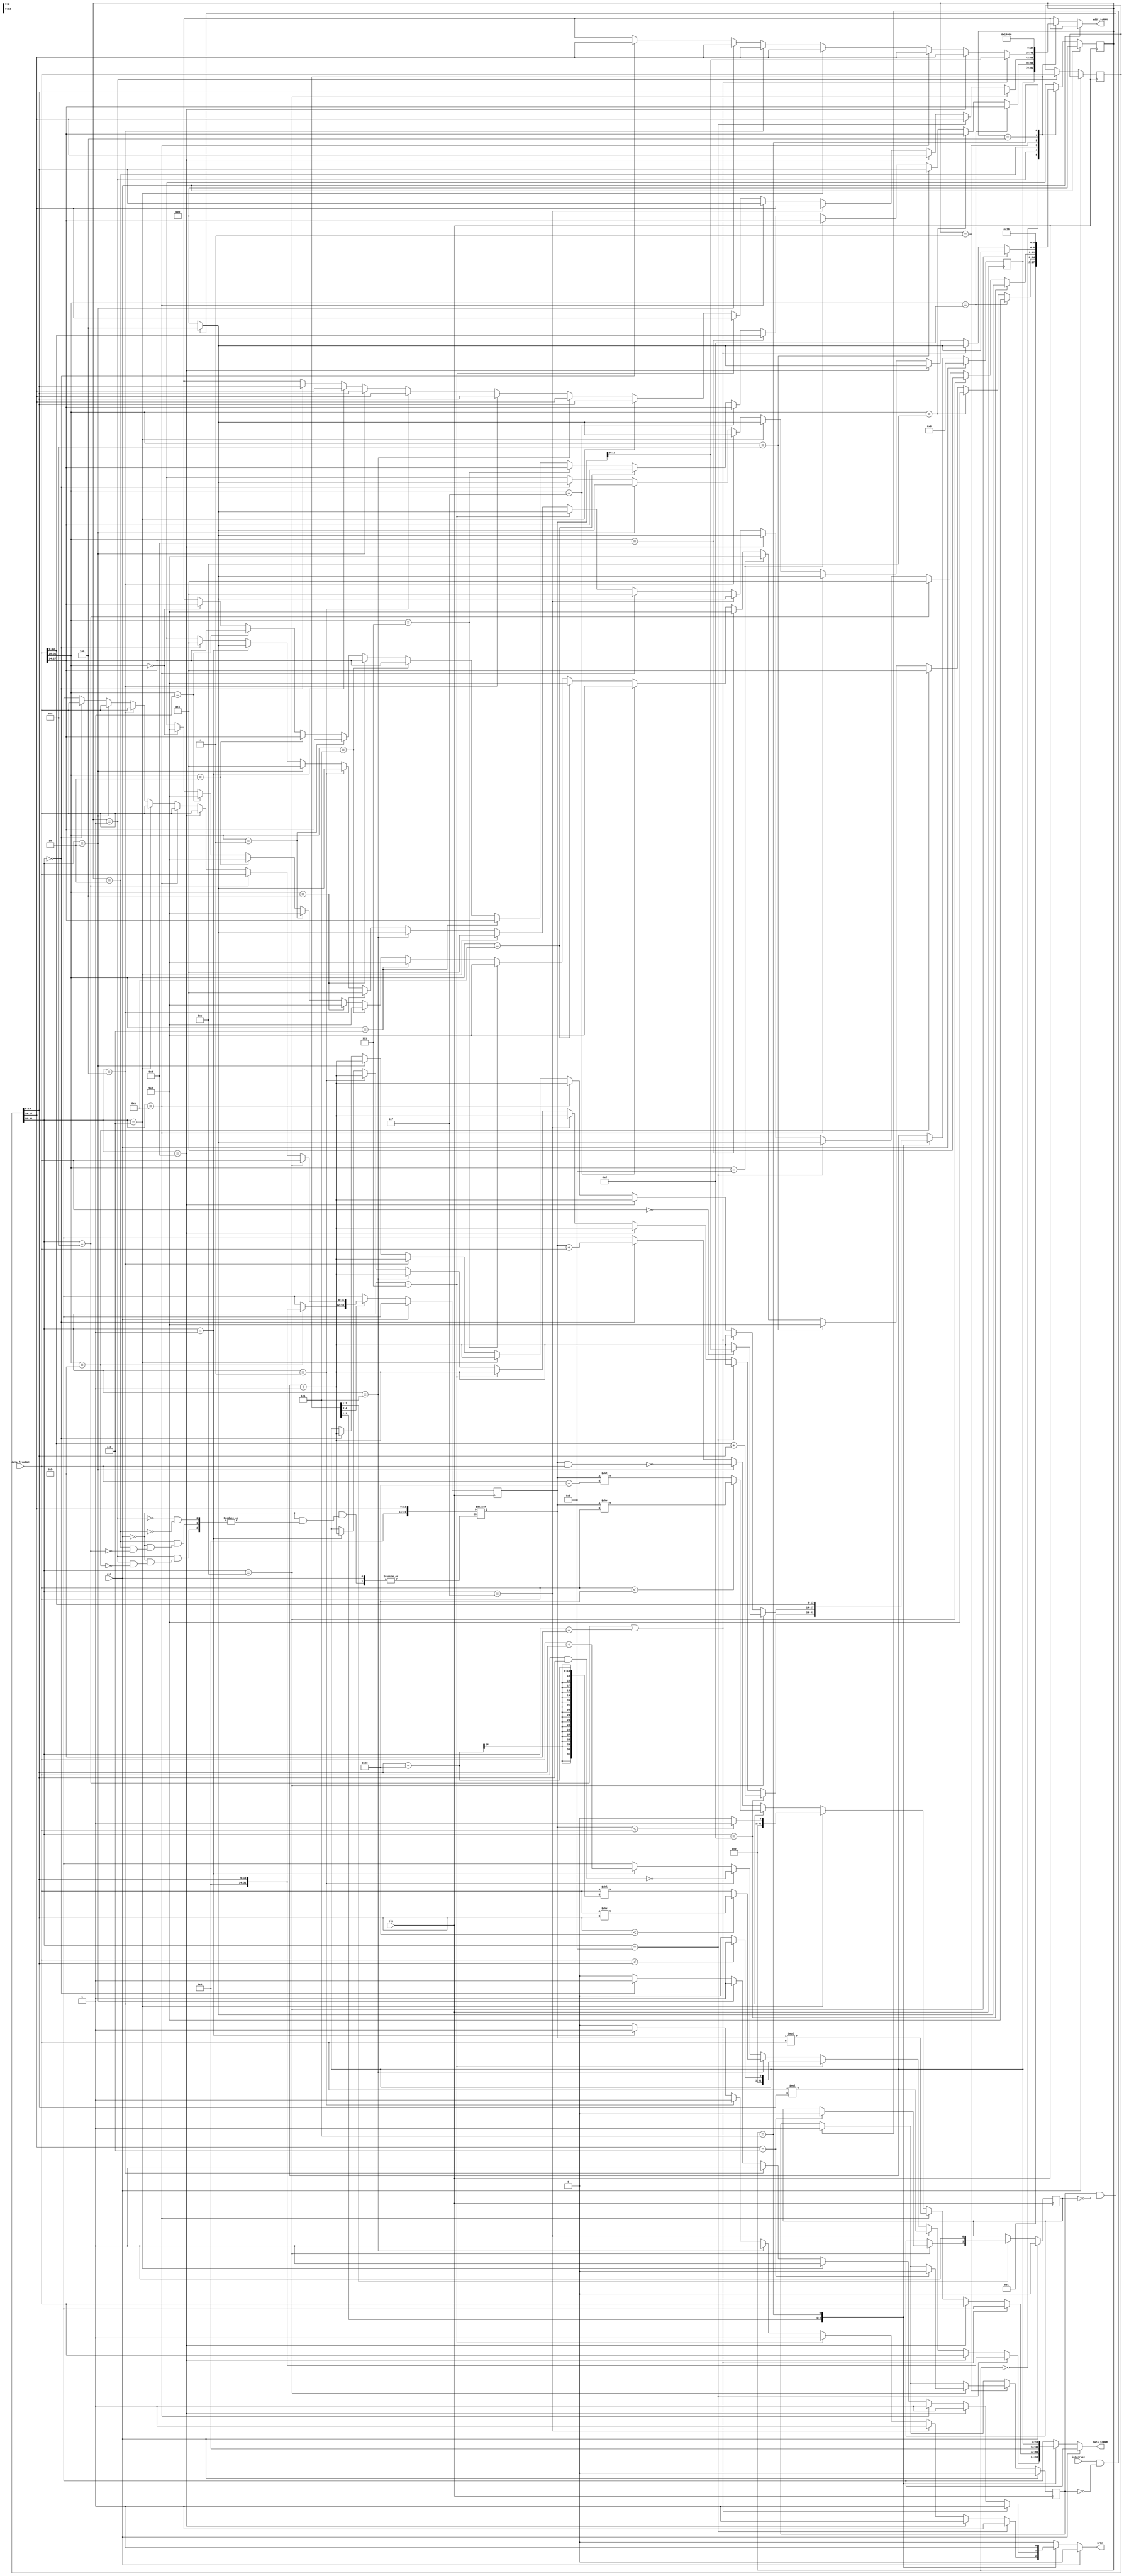
//////////////////////////////////////////////////////////////////////////////////
// Company: Orhun Aka
// 
// Design Name: VerySimple_CPU Verilog Module
// Module Name:    vscpu
// Project Name: VerySimpleCPU
// Target Devices: 
// Tool versions: 
// Description: A very simple CPU, that can do some basic addition, multiplication, etc.
//
// Dependencies: ISE Design Suite 14.7
//
// Revision: 
// Revision 0.01 - File Created
// Additional Comments: 
//
//////////////////////////////////////////////////////////////////////////////////

`timescale 1ns / 1ps
module VerySimpleCPU(clk, rst, data_fromRAM, wrEn, addr_toRAM, data_toRAM, interrupt);
  input clk, rst, interrupt;
  output reg wrEn;
  input [31:0] data_fromRAM;
  output reg [31:0] data_toRAM;
  output reg [13:0] addr_toRAM;

  reg [2:0] st, stN;
  reg [13:0] PC, PCN;
  reg [31:0] IW, IWN, A, AN;

  reg 	intr, intrN,isr, isrN;

  always @(posedge clk) begin
    st<=stN;
    PC<=PCN;
    A<=AN;
    IW<= IWN;
    intr<= intrN;
    isr <= isrN;
  end

  always @ * begin
    stN= 3'bxxx;
    addr_toRAM = 14'dX;
    data_toRAM = 32'dx;
    AN = 32'dx;
    PCN = PC;
    wrEn = 1'b0;
    IWN = IW;
    intrN= (interrupt && intr==1'b0)? 1'b1: intr;
    isrN = isr;
    if (rst) begin
      stN = 3'b000;
      PCN = 14'd0; 
      intrN= 1'b0;
      isrN = 1'b0;
    end
    else begin    
      case (st)
        3'b000: begin
          // Fetch instruction
          addr_toRAM = PC;
          stN = 3'b001;
        end
        3'b001: begin
          IWN = data_fromRAM;
          // ADD Intruction
          if (data_fromRAM[31:28] == 4'b0000)  begin
            addr_toRAM = data_fromRAM[27:14];
            stN = 3'b010; 
          end

          // ADDi Instruction
          if (data_fromRAM[31:28] == 4'b0001)  begin 
            addr_toRAM = data_fromRAM[27:14];
            stN = 3'b010; 
          end

          // NAND Instruction
          if (data_fromRAM[31:28] == 4'b0010)  begin
            addr_toRAM = data_fromRAM[27:14];
            stN = 3'b010; 
          end

          // NANDi Instruction
          if (data_fromRAM[31:28] == 4'b0011)  begin
            addr_toRAM = data_fromRAM[27:14];
            stN = 3'b010; 
          end

          // SRL Instruction
          if (data_fromRAM[31:28] == 4'b0100) begin
            addr_toRAM = data_fromRAM[27:14];
            stN = 3'b010;
          end

          //SRLi Instruction
          if (data_fromRAM[31:28] == 4'b0101) begin
            addr_toRAM = data_fromRAM[27:14];
            stN = 3'b010;
          end

          // LT instruction
          if (data_fromRAM[31:28] == 4'b0110) begin
            addr_toRAM = data_fromRAM[27:14];
            stN = 3'b010;
          end

          // LTi instruction
          if (data_fromRAM[31:28] == 4'b0111) begin
            addr_toRAM = data_fromRAM[27:14];
            stN = 3'b010;
          end

          // MUL instruction
          if (data_fromRAM[31:28] == 4'b1110) begin
            addr_toRAM = data_fromRAM[27:14];
            stN = 3'b010;
          end

          // MULi instruction
          if (data_fromRAM[31:28] == 4'b1111) begin
            addr_toRAM = data_fromRAM[27:14];
            stN = 3'b010;
          end

          // CP Instruction
          if (data_fromRAM[31:28] == 4'b1000) begin
            addr_toRAM = data_fromRAM[13:0];
            stN = 3'b010;
          end

          // CPi Instruction
          if (data_fromRAM[31:28] == 4'b1001) begin
            addr_toRAM = data_fromRAM[27:14];
            stN = 3'b010;
          end

          // CPI Instruction
          if (data_fromRAM[31:28] == 4'b1010) begin
            addr_toRAM = IW[13:0]; // Address of R1
            stN = 3'b010;
          end

          // CPIi Instruction
          if (data_fromRAM[31:28] == 4'b1011) begin
            A = IW[27:14];
            AN = IW[13:0];
            stN = 3'b011;
          end

          // BZJ Intruction
          if (data_fromRAM[31:28] == 4'b1100)  begin
            addr_toRAM = data_fromRAM[27:14];
            stN = 3'b010; 
          end

          // BZJi Instruction
          if (data_fromRAM[31:28] == 4'b1101)  begin 
            addr_toRAM = data_fromRAM[27:14];
            stN = 3'b010; 
          end

        end
        3'b010: begin
          // ADD Instruction
          if (IW[31:28] == 4'b0000) begin
            AN = data_fromRAM;
            addr_toRAM = IW[13:0];
            stN = 3'b011;
          end

          // ADDi Instruction
          if (IW[31:28] == 4'b0001) begin
            addr_toRAM = IW[27:14];
            data_toRAM = data_fromRAM + IW[13:0];
            wrEn = 1'b1;
            PCN = PC + 14'd1;
            if (intr==1'b1 && isr != 1'b1)
              stN = 3'h4;
            else
              stN = 3'h0;
          end

          // NAND instruction
          if (IW[31:28] == 4'b0010) begin
            AN = data_fromRAM;
            addr_toRAM = IW[13:0]; 
            stN = 3'b011;      
          end

          // NANDi instruction
          if (IW[31:28] == 4'b0011) begin
            addr_toRAM = IW[27:14];
            data_toRAM = ~(data_fromRAM & IW[13:0]);
            wrEn = 1'b1;
            PCN = PC + 14'd1;
            if (intr==1'b1 && isr != 1'b1)
              stN = 3'h4;
            else
              stN = 3'h0;
          end

          // SRL instruction
          if (IW[31:28] == 4'b0100) begin
            AN = data_fromRAM;
            addr_toRAM = IW[13:0];
            stN = 3'b011;
          end

          // SRLi instruction
          if (IW[31:28] == 4'b0101) begin
            addr_toRAM = IW[27:14];
            if (IW[13:0] < 32)
              data_toRAM = data_fromRAM >> IW[13:0];
            else
              data_toRAM = data_fromRAM << (IW[13:0] - 32);

            wrEn = 1'b1;
            PCN = PC + 1;
            if (intr==1'b1 && isr != 1'b1)
              stN = 3'h4;
            else
              stN = 3'h0;

          end

          // LT Instruction
          if (IW[31:28] == 4'b0110) begin
            AN = data_fromRAM;
            addr_toRAM = IW[13:0];
            stN = 3'b011;
          end

          // LTi instruction
          if (IW[31:28] == 4'b0111) begin
            addr_toRAM = IW[27:14];
            if (data_fromRAM < IW[13:0])
              data_toRAM = 1;
            else
              data_toRAM = 0;

            wrEn = 1'b1;
            PCN = PC + 1;
            if (intr==1'b1 && isr != 1'b1)
              stN = 3'h4;
            else
              stN = 3'h0;

          end

          // MUL Instruction
          if (IW[31:28] == 4'b1110) begin
            AN = data_fromRAM;
            addr_toRAM = IW[13:0];
            stN = 3'b011;
          end

          // MULi instruction
          if (IW[31:28] == 4'b1111) begin
            addr_toRAM = IW[27:14];
            data_toRAM = data_fromRAM * IW[13:0];

            wrEn = 1'b1;
            PCN = PC + 1;
            if (intr==1'b1 && isr != 1'b1)
              stN = 3'h4;
            else
              stN = 3'h0;

          end

          // CP Instruction
          if (IW[31:28] == 4'b1000) begin
            AN = data_fromRAM;
            addr_toRAM = IW[27:14];
            data_toRAM = AN;
            wrEn = 1'b1;
            PCN = PC + 1;
            if (intr==1'b1 && isr != 1'b1)
              stN = 3'h4;
            else
              stN = 3'h0;

          end

          // CPi Instruction
          if (IW[31:28] == 4'b1001) begin
            addr_toRAM = IW[27:14];
            data_toRAM = IW[13:0];
            wrEn = 1'b1;
            PCN = PC + 1;
            if (intr==1'b1 && isr != 1'b1)
              stN = 3'h4;
            else
              stN = 3'h0;

          end

          // CPI Instruction
          if (IW[31:28] == 4'b1010) begin
            AN = data_fromRAM;
            A = IW[27:14];
            stN = 3'b011;
          end

          // BZJ Instruction
          if (IW[31:28] == 4'b1100) begin
            AN = data_fromRAM;
            addr_toRAM = IW[13:0];
            stN = 3'b011;
          end

          // BZJi instruction
          if (IW[31:28] == 4'b1101) begin
            PCN = data_fromRAM[13:0] + IW[13:0];
            if (intr==1'b1 && isr != 1'b1)
              stN = 3'h4;
            else
              stN = 3'h0;

          end
        end
        3'b011: begin
          // ADD instruction
          if (IW[31:28] == 4'b0000) begin 
            addr_toRAM = IW[27:14]; 
            data_toRAM = A + data_fromRAM;
            wrEn = 1'b1;
            PCN = PC + 14'd1;
            if (intr==1'b1 && isr != 1'b1)  // if there is an interrupt do the ISR
              stN = 3'h4;
            else
              stN = 3'h0;     
          end

          // NAND instruction
          if (IW[31:28] == 4'b0010) begin 
            addr_toRAM = IW[27:14];
            data_toRAM = ~(A & data_fromRAM);
            wrEn = 1'b1;
            PCN = PC + 14'd1;
            if (intr==1'b1 && isr != 1'b1)  // if there is an interrupt do the ISR
              stN = 3'h4;
            else
              stN = 3'h0;     
          end

          // SRL Instruction
          if (IW[31:28] == 4'b0100) begin
            addr_toRAM = IW[27:14];
            if (data_fromRAM < 32)
              data_toRAM = A >> data_fromRAM;
            else
              data_toRAM = A << (data_fromRAM - 32);

            wrEn = 1'b1;
            PCN = PC + 1;
            if (intr==1'b1 && isr != 1'b1)  // if there is an interrupt do the ISR
              stN = 3'h4;
            else
              stN = 3'h0;
          end

          // LT instruction
          if (IW[31:28] == 4'b0110) begin
            addr_toRAM = IW[27:14];
            if (A < data_fromRAM)
              data_toRAM = 1;
            else
              data_toRAM = 0;

            wrEn = 1'b1;
            PCN = PC + 1;
            if (intr==1'b1 && isr != 1'b1)  // if there is an interrupt do the ISR
              stN = 3'h4;
            else
              stN = 3'h0;

          end

          // MUL instruction
          if (IW[31:28] == 4'b1110) begin
            addr_toRAM = IW[27:14];
            data_toRAM = A * data_fromRAM; 
            wrEn = 1'b1;
            PCN = PC + 1;
            if (intr==1'b1 && isr != 1'b1)  // if there is an interrupt do the ISR
              stN = 3'h4;
            else
              stN = 3'h0;

          end

          // CP Instruction
          if (IW[31:28] == 4'b1000) begin
            addr_toRAM = IW[27:14];
            data_toRAM = data_fromRAM;
            wrEn = 1'b1;
            PCN = PC + 1;
            if (intr==1'b1 && isr != 1'b1)  // if there is an interrupt do the ISR
              stN = 3'h4;
            else
              stN = 3'h0;

          end

          // CPI and CPIi instruction
          if (IW[31:28] == 4'b1010 || IW[31:28] == 4'b1011) begin
            addr_toRAM = A; // Address of R1
            data_toRAM = AN; // Value of R2
            wrEn = 1'b1; // Enable write operation
            PCN = PC + 1; // Increment PC
            if (intr==1'b1 && isr != 1'b1)  // if there is an interrupt do the ISR
              stN = 3'h4;
            else
              stN = 3'h0;
          end

          // BZJ instruction
          if (IW[31:28] == 4'b1100) begin
            if (data_fromRAM == 32'd0) 
              PCN = A[13:0];
            else
              PCN = PC +14'd1;

            if (IW[27:14] == 14'h0006) begin //Return from interrupt
              intrN = 1'b0;
              isrN = 1'b0;
            end  
            if (intr==1'b1 && isr != 1'b1)  // if there is an interrupt do the ISR
              stN = 3'h4;
            else
              stN = 3'h0;     

          end
        end
        3'b100: begin // New state to get the ISR address from @5       
          wrEn = 1'b0;
          addr_toRAM = 32'h5; //Get the ISR address
          stN = 3'h5;
          isrN = 1'b1;         
        end
        3'b101: begin // New state to store the next nstruction address @6    
          wrEn = 1'b1;
          data_toRAM = PC; 
          addr_toRAM = 32'h6; // Store next PC value @6
          PCN = data_fromRAM[13:0];
          stN = 3'h0;         
        end
      endcase
    end
  end
endmodule

module blram(clk, i_we, i_addr, i_ram_data_in, o_ram_data_out);
  parameter SIZE = 14, DEPTH = 2**14;

  input clk;
  input i_we;
  input [SIZE-1:0] i_addr;
  input [31:0] i_ram_data_in;
  output reg [31:0] o_ram_data_out;

  reg [31:0] memory[0:DEPTH-1];

  always @(posedge clk) begin
    o_ram_data_out <= #1 memory[i_addr[SIZE-1:0]];
    if (i_we)
      memory[i_addr[SIZE-1:0]] <= #1 i_ram_data_in;
  end
  initial begin
    blram.memory[0] = 32'h28014;
    blram.memory[10] = 32'h14;
    blram.memory[20] = 32'h32; 
  end
endmodule